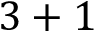
3 + 1